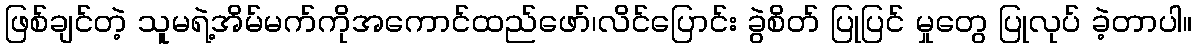
ဖြစ်ချင်တဲ့ သူမရဲ့အိမ်မက်ကိုအကောင်ထည်ဖော်၊လိင်ပြောင်း ခွဲစိတ် ပြုပြင် မှုတွေ ပြုလုပ် ခဲ့တာပါ။